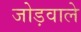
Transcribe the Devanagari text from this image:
जोड़वाले